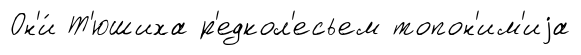
Он'и́ Т'юшиха р'едкол'есьем топон'им'иjа